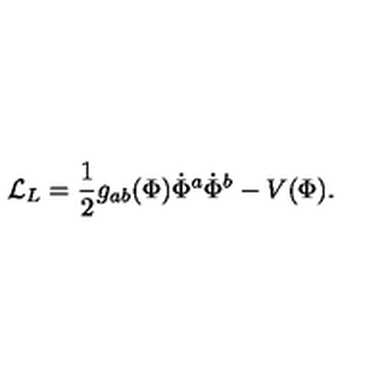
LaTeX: { \cal L } _ { L } = { \frac { 1 } { 2 } } g _ { a b } ( \Phi ) \dot { \Phi } ^ { a } \dot { \Phi } ^ { b } - V ( \Phi ) .